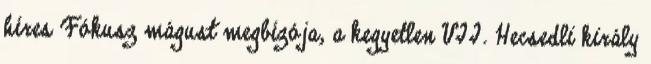
híres Fókusz mágust megbízója, a kegyetlen VII. Hecsedli király